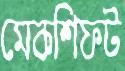
মেকশিফট